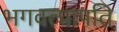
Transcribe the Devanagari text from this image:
भगवत्प्रापति